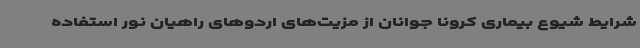
شرایط شیوع بیماری کرونا جوانان از مزیت‌های اردوهای راهیان نور استفاده